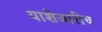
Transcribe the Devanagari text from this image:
याशेजारीच